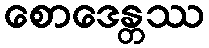
စောဒေန္တဿ